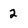
Character: 2